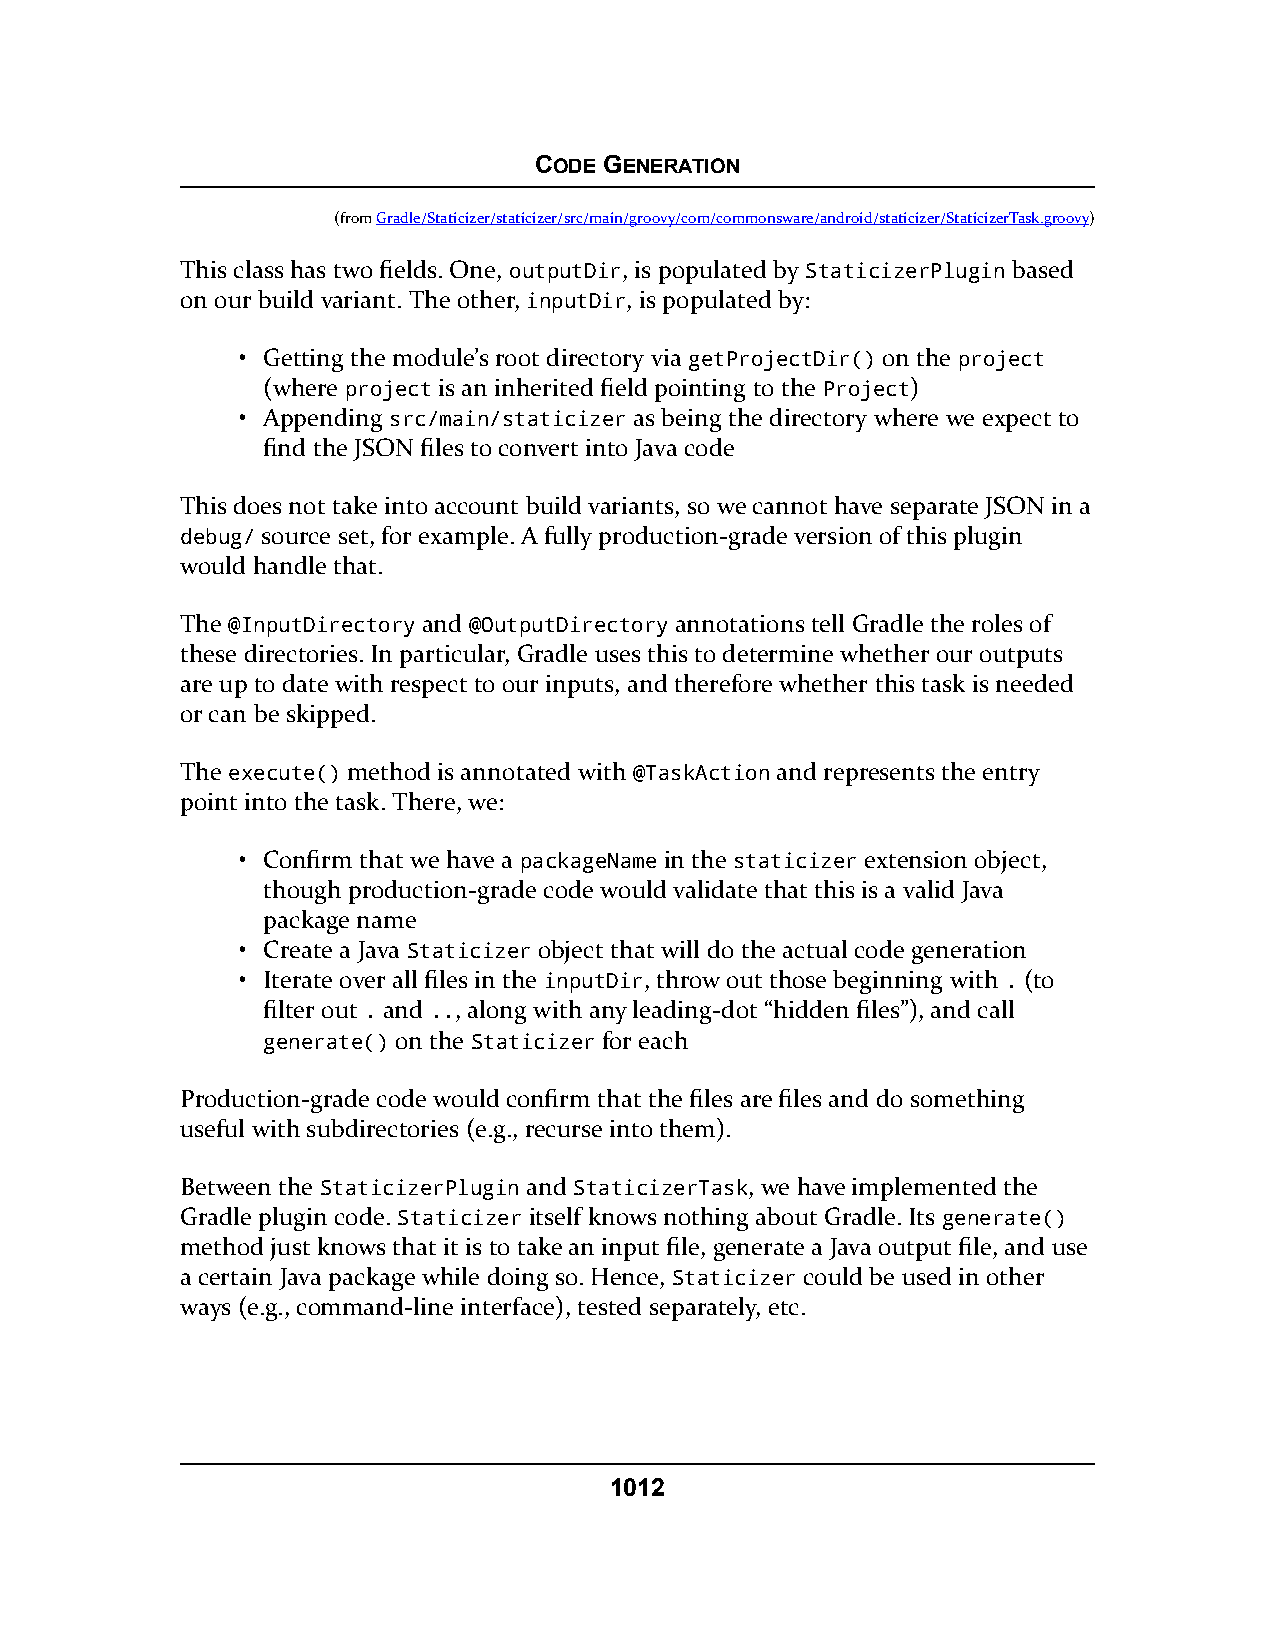
CODE GENERATION
 (fromGradle/Staticizer/staticizer/src/main/groovy/com/commonsware/android/staticizer/StaticizerTask.groovy)
 This class has two fields. One, outputDir, is populated by StaticizerPlugin based
 on our build variant. The other, inputDir, is populated by:
 • Getting the module’s root directory via getProjectDir() on the project
 (where project is an inherited field pointing to the Project)
 • Appending src/main/staticizer as being the directory where we expect to
 find the JSON files to convert into Java code
 This does not take into account build variants, so we cannot have separate JSON in a
 debug/ source set, for example. A fully production-grade version of this plugin
 would handle that.
 The @InputDirectory and @OutputDirectory annotations tell Gradle the roles of
 these directories. In particular, Gradle uses this to determine whether our outputs
 are up to date with respect to our inputs, and therefore whether this task is needed
 or can be skipped.
 The execute() method is annotated with @TaskAction and represents the entry
 point into the task. There, we:
 • Confirm that we have a packageName in the staticizer extension object,
 though production-grade code would validate that this is a valid Java
 package name
 • Create a Java Staticizer object that will do the actual code generation
 • Iterate over all files in the inputDir, throw out those beginning with . (to
 filter out . and .., along with any leading-dot “hidden files”), and call
 generate() on the Staticizer for each
 Production-grade code would confirm that the files are files and do something
 useful with subdirectories (e.g., recurse into them).
 Between the StaticizerPlugin and StaticizerTask, we have implemented the
 Gradle plugin code. Staticizer itself knows nothing about Gradle. Its generate()
 method just knows that it is to take an input file, generate a Java output file, and use
 a certain Java package while doing so. Hence, Staticizer could be used in other
 ways (e.g., command-line interface), tested separately, etc.
 1012